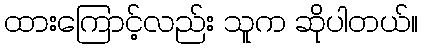
ထားကြောင့်လည်း သူက ဆိုပါတယ်။